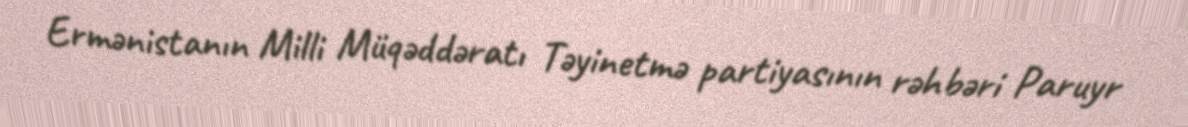
Ermənistanın Milli Müqəddəratı Təyinetmə partiyasının rəhbəri Paruyr